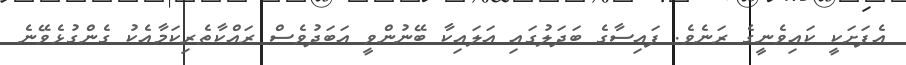
އެފަށަކީ ކައިވެނީގެ ރަނެވެ. ފައިސާގެ ބަދަލުގައި އަލައިކާ ބޭނުންވީ އަބަދުވެސް ރައްކާތެރިކަމާއެކު ގެންގުޅެވޭނެ